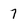
Character: 7